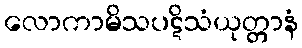
လောကာမိသပဋိသံယုတ္တာနံ